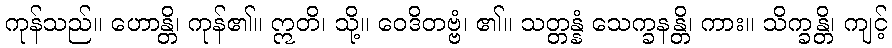
ကုန်သည်။ ဟောန္တိ၊ ကုန်၏။ ဣတိ၊ သို့။ ဝေဒိတဗ္ဗံ၊ ၏။ သတ္တန္နံ သေက္ခနန္တိ၊ ကား။ သိက္ခန္တိ၊ ကျင့်